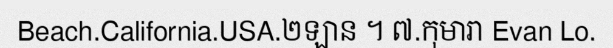
Beach.California.USA.២ឡាន ។ ៧.កុមារា Evan Lo.